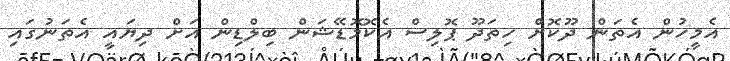
އެމީހުން އެތަން ދޫކޮށް ހިތަދޫ ޕޮލިސް އެކޮމޮޑޭޝަން ބިލްޑިން އަށް ދިޔައީ އެތަނުގައި